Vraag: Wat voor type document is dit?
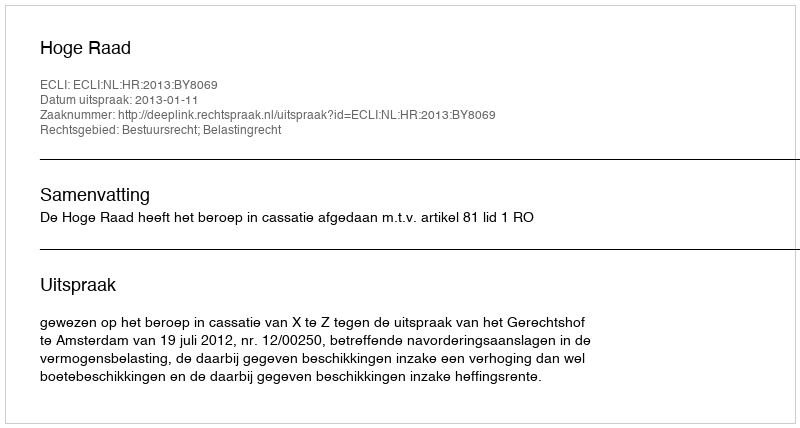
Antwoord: Uitspraak